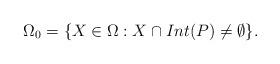
LaTeX: \begin{align*}\Omega_{0}=\{X \in \Omega: X \cap Int(P) \neq \emptyset \}.\end{align*}